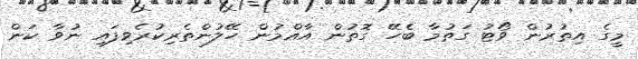
މީގެ އިތުރުން ވޯޓު ގަތުމާ ބެހޭ ގޮތުން އާއްމުން ހޭލުންތެރިކުރެވިފައި ނުވާ ކަން